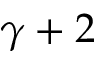
\gamma + 2